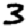
Digit: 3